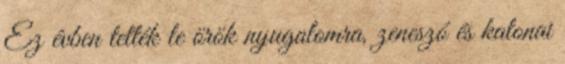
Ez évben tették le örök nyugalomra, zeneszó és katonai